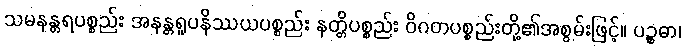
သမနန္တရပစ္စည်း အနန္တရူပနိဿယပစ္စည်း နတ္တိပစ္စည်း ဝိဂတပစ္စည်းတို့၏အစွမ်းဖြင့်။ ပဉ္စဓာ၊